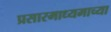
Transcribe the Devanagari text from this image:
प्रसारमाध्‍यमाच्‍या